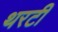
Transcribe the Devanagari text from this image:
थरटी